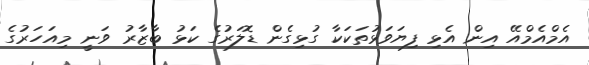
އެމްއެމްއޭ އިން އެޅި ފިޔަވަޅުތަކަކާ ގުޅިގެން ޑޮލަރުގެ ކަޅު ބާޒާރު ވަނީ މިއަަހަރުގެ